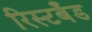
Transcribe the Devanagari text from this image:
रिस्टबँड